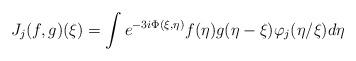
LaTeX: \begin{align*}J_j(f,g)(\xi)=\int e^{-3i\Phi(\xi,\eta)}f(\eta)g(\eta-\xi)\varphi_j(\eta/\xi)d\eta\end{align*}